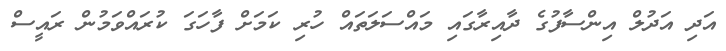
އަދި އަދުލް އިންސާފުގެ ދާއިރާގައި މައްސަލަތައް ހުރި ކަމަށް ފާހަގަ ކުރައްވަމުން ރައީސް